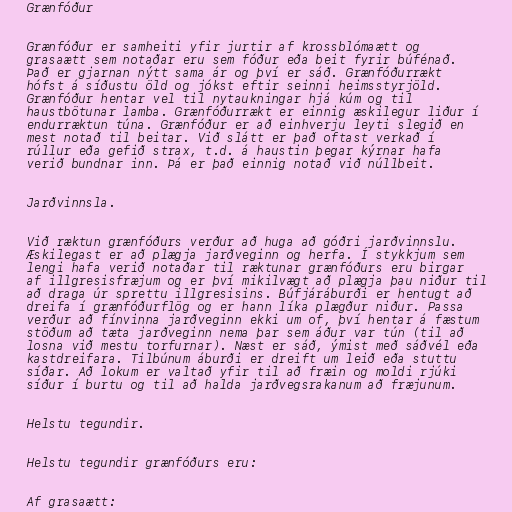
Grænfóður

Grænfóður er samheiti yfir jurtir af krossblómaætt og
grasaætt sem notaðar eru sem fóður eða beit fyrir búfénað.
Það er gjarnan nýtt sama ár og því er sáð. Grænfóðurrækt
hófst á síðustu öld og jókst eftir seinni heimsstyrjöld.
Grænfóður hentar vel til nytaukningar hjá kúm og til
haustbötunar lamba. Grænfóðurrækt er einnig æskilegur liður í
endurræktun túna. Grænfóður er að einhverju leyti slegið en
mest notað til beitar. Við slátt er það oftast verkað í
rúllur eða gefið strax, t.d. á haustin þegar kýrnar hafa
verið bundnar inn. Þá er það einnig notað við núllbeit.

Jarðvinnsla.

Við ræktun grænfóðurs verður að huga að góðri jarðvinnslu.
Æskilegast er að plægja jarðveginn og herfa. Í stykkjum sem
lengi hafa verið notaðar til ræktunar grænfóðurs eru birgar
af illgresisfræjum og er því mikilvægt að plægja þau niður til
að draga úr sprettu illgresisins. Búfjáráburði er hentugt að
dreifa í grænfóðurflög og er hann líka plægður niður. Passa
verður að fínvinna jarðveginn ekki um of, því hentar á fæstum
stöðum að tæta jarðveginn nema þar sem áður var tún (til að
losna við mestu torfurnar). Næst er sáð, ýmist með sáðvél eða
kastdreifara. Tilbúnum áburði er dreift um leið eða stuttu
síðar. Að lokum er valtað yfir til að fræin og moldi rjúki
síður í burtu og til að halda jarðvegsrakanum að fræjunum.

Helstu tegundir.

Helstu tegundir grænfóðurs eru:

Af grasaætt: